Sanitation, dispensaries and jails vaccination Rajputana 1922-1927 - 1922-1927
Year: 1922
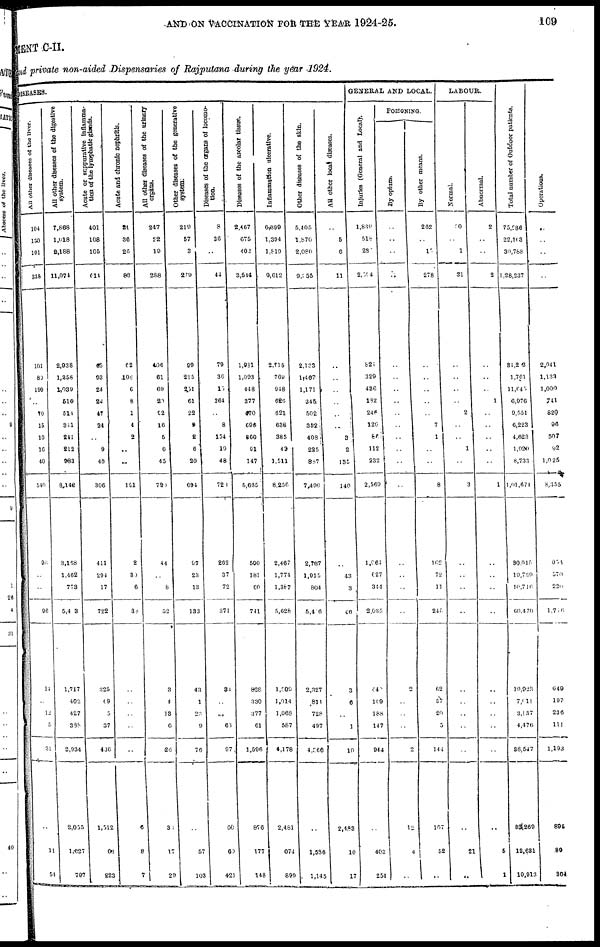
AND ON VACCINATION FOR THE YEAR 1924-25.
109
MENT C-II.
and private non-aided Dispensaries of Rajputana during the year 1924.
DISEASES.
All other diseases of the liver.
104
130
101
335
101
80
199
..
10
15
10
16
40
540
96
..
..
96
14
..
12
5
31
..
11
54
All other diseases of the digestive
system.
7,868
l,018
2,188
11,071
2,938
1,358
1,039
516
514
341
241
212
983
8,148
3,168
1,462
773
5,413
1,717
402
427
338
2,934
2,035
1,627
797
Acute or suppurative inflamma-
tion of the lymphatic glands.
401
108
105
614
45
93
24
24
47
24
..
9
46
306
411
294
17
722
325
69
5
37
436
1,512
68
223
Acute and chronic nephritis.
21
36
26
83
62
106
6
8
1
4
2
..
..
191
2
30
6
38
..
..
..
..
..
6
8
7
All other diseases of the urinary
organs.
247
22
19
288
496
61
69
20
92
16
5
6
45
720
44
..
8
52
3
4
13
6
26
30
17
29
Other diseases of the generative
system.
219
57
3
279
99
215
251
61
22
9
2
6
29
694
97
23
13
133
43
1
23
9
76
..
57
103
Diseases of the organs of locomo-
tion.
8
36
..
44
79
36
15
364
..
8
154
19
48
723
262
37
72
371
34
..
..
63
97
60
60
421
Diseases of the arcolar tissue.
2,467
675
402
3,544
1,931
1,093
448
377
470
698
860
91
147
5,665
500
181
60
741
828
330
377
61
1,596
876
177
148
Inflammation ulcerative.
6,399
1,394
1,819
9,612
2,715
769
948
626
621
638
385
43
1,511
8,256
2,467
1,774
1,387
5,628
1,500
1,014
1,068
587
4,178
2,481
674
899
Other diseases of the skin.
5,405
1,870
2,080
9,255
2,133
1,467
1,171
345
502
352
408
225
887
7,490
2,737
1,915
804
5,416
2,327
814
728
497
4,966
..
1,586
1,145
All other local diseases.
..
5
6
11
..
..
..
..
..
..
3
2
135
140
..
43
3
46
3
6
..
1
10
2,483
10
17
GENERAL AND LOCAL.
Injuries (General and Local).
l,839
518
235
2,794
821
329
436
182
248
120
86
112
232
2,569
1,064
627
344
2,035
440
109
188
147
944
..
403
254
POISONING.
By opium.
..
..
..
..
..
..
..
..
..
..
..
..
..
..
..
..
..
..
2
..
..
..
2
12
4
..
By other means.
262
..
19
278
..
..
..
..
..
7
1
..
..
8
162
72
11
245
62
57
20
5
144
107
52
..
LABOUR.
Normal.
30
..
1
31
..
..
..
..
2
..
..
1
..
3
..
..
..
..
..
..
..
..
..
..
21
..
Abnormal.
2
..
..
2
..
..
..
1
..
..
..
..
..
1
..
..
..
..
..
..
..
..
..
..
5
1
Total number of Outdoor patients.
75,286
22,163
39,788
1,28,237
31,213
1,761
11,045
6,976
9,551
6,223
4,623
1,020
8,733
1,01,674
30,015
19,730
10,716
66,470
19,023
7,011
3,137
4,476
88,547
83,269
12,631
10,913
Operations.
..
..
..
..
2,941
1,133
1,000
741
829
96
507
92
1,025
8,355
953
570
220
1,756
649
197
236
111
1,193
895
89
304